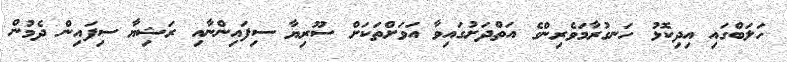
ހަލަބްގައި އިދިކޮޅު ހަނގުރާމަވެރިންގެ އަތްދަށުގައިވާ އަވަށްތަކަށް ސޫރިޔާ ސިފައިންނާއި ރަޝިޔާ ސިފައިން ދެމުން